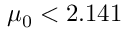
\mu _ { 0 } < 2 . 1 4 1